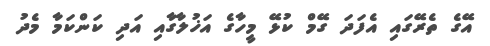
އޭގެ ތެރޭގައި އެފަދަ ގޭމް ކުޅޭ މީހާގެ އަޚުލާގާއި އަދި ކަންކަމާ މެދު